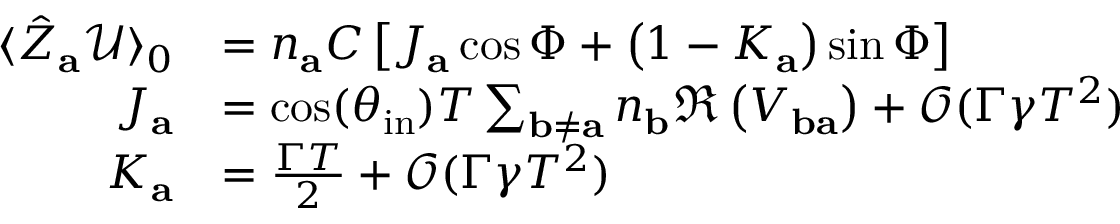
\begin{array} { r l } { \langle \hat { Z } _ { \mathbf { a } } \mathcal { U } \rangle _ { 0 } } & { = n _ { \mathbf { a } } C \left[ J _ { \mathbf { a } } \cos \Phi + \left( 1 - K _ { \mathbf { a } } \right) \sin \Phi \right] } \\ { J _ { \mathbf { a } } } & { = \cos ( \theta _ { \mathrm { i n } } ) T \sum _ { \mathbf { b } \neq \mathbf { a } } n _ { \mathbf { b } } \Re \left( V _ { \mathbf { b a } } \right) + \mathcal { O } ( \Gamma \gamma T ^ { 2 } ) } \\ { K _ { \mathbf { a } } } & { = \frac { \Gamma T } { 2 } + \mathcal { O } ( \Gamma \gamma T ^ { 2 } ) } \end{array}